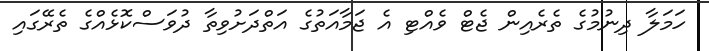
ހަމަލާ ދިނުމުގެ ތެރެއިން ޖެޓް ވެއްޓި އެ ޖަމާއަތުގެ އަތްދަށުވިތާ ދުވަސްކޮޅެއްގެ ތެރޭގައި